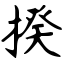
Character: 揆